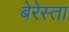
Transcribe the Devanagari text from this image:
बेरेस्ता